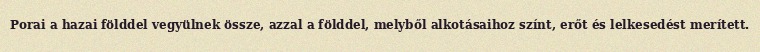
Porai a hazai földdel vegyülnek össze, azzal a földdel, melyből alkotásaihoz színt, erőt és lelkesedést merített.